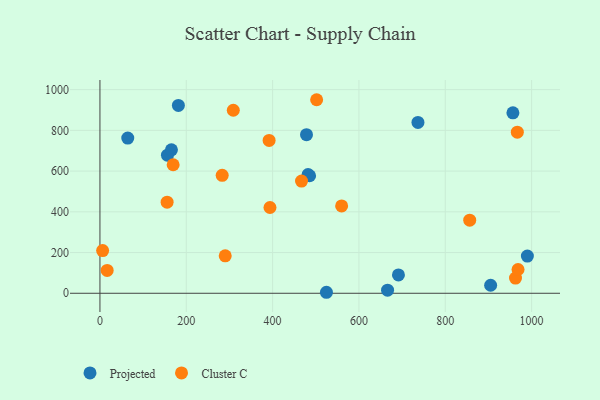
{"axis": {"x": "Engine Size", "y": "Sales"}, "legend": ["Cluster C", "Projected"], "data": [{"x": "64.4", "y": 762.0, "type": "Projected"}, {"x": "905.1", "y": 39.4, "type": "Projected"}, {"x": "736.7", "y": 839.2, "type": "Projected"}, {"x": "524.7", "y": 4.9, "type": "Projected"}, {"x": "666.3", "y": 15.1, "type": "Projected"}, {"x": "478.5", "y": 778.8, "type": "Projected"}, {"x": "485.7", "y": 577.1, "type": "Projected"}, {"x": "956.7", "y": 886.4, "type": "Projected"}, {"x": "691.5", "y": 90.0, "type": "Projected"}, {"x": "156.4", "y": 678.3, "type": "Projected"}, {"x": "165.6", "y": 704.5, "type": "Projected"}, {"x": "482.2", "y": 582.9, "type": "Projected"}, {"x": "181.7", "y": 922.6, "type": "Projected"}, {"x": "990.2", "y": 182.9, "type": "Projected"}, {"x": "559.9", "y": 429.0, "type": "Cluster C"}, {"x": "283.2", "y": 579.2, "type": "Cluster C"}, {"x": "6.2", "y": 209.8, "type": "Cluster C"}, {"x": "169.6", "y": 631.1, "type": "Cluster C"}, {"x": "391.9", "y": 750.7, "type": "Cluster C"}, {"x": "393.9", "y": 421.2, "type": "Cluster C"}, {"x": "290.2", "y": 184.1, "type": "Cluster C"}, {"x": "502.0", "y": 950.5, "type": "Cluster C"}, {"x": "962.7", "y": 74.7, "type": "Cluster C"}, {"x": "16.7", "y": 112.0, "type": "Cluster C"}, {"x": "467.0", "y": 550.9, "type": "Cluster C"}, {"x": "968.6", "y": 116.8, "type": "Cluster C"}, {"x": "966.9", "y": 791.1, "type": "Cluster C"}, {"x": "856.6", "y": 358.8, "type": "Cluster C"}, {"x": "155.6", "y": 447.6, "type": "Cluster C"}, {"x": "308.9", "y": 898.8, "type": "Cluster C"}]}